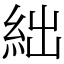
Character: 絀